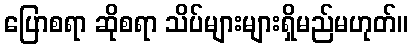
ပြောစရာ ဆိုစရာ သိပ်များများရှိမည်မဟုတ်။